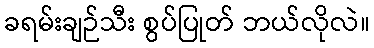
ခရမ်းချဉ်သီး စွပ်ပြုတ် ဘယ်လိုလဲ။